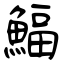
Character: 鰏